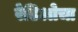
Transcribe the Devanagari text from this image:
रेडिओचा